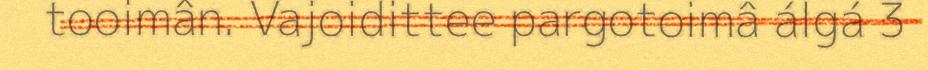
tooimân. Vajoidittee pargotoimâ álgá 3